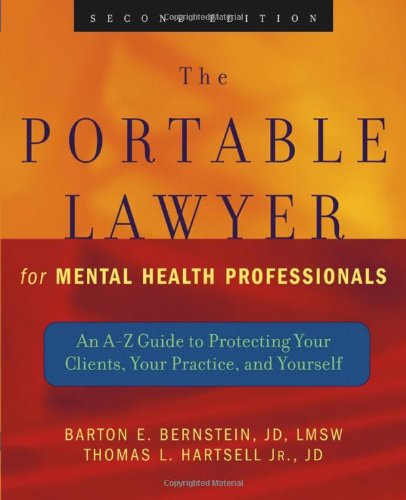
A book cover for The Portable Lawyer for Mental Health Professionals: An A-Z Guide to Protecting Your Clients, Your Practice, and Yourself; Barton E. Bernstein JD  LMSW; Law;